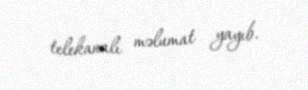
telekanalı məlumat yayıb.